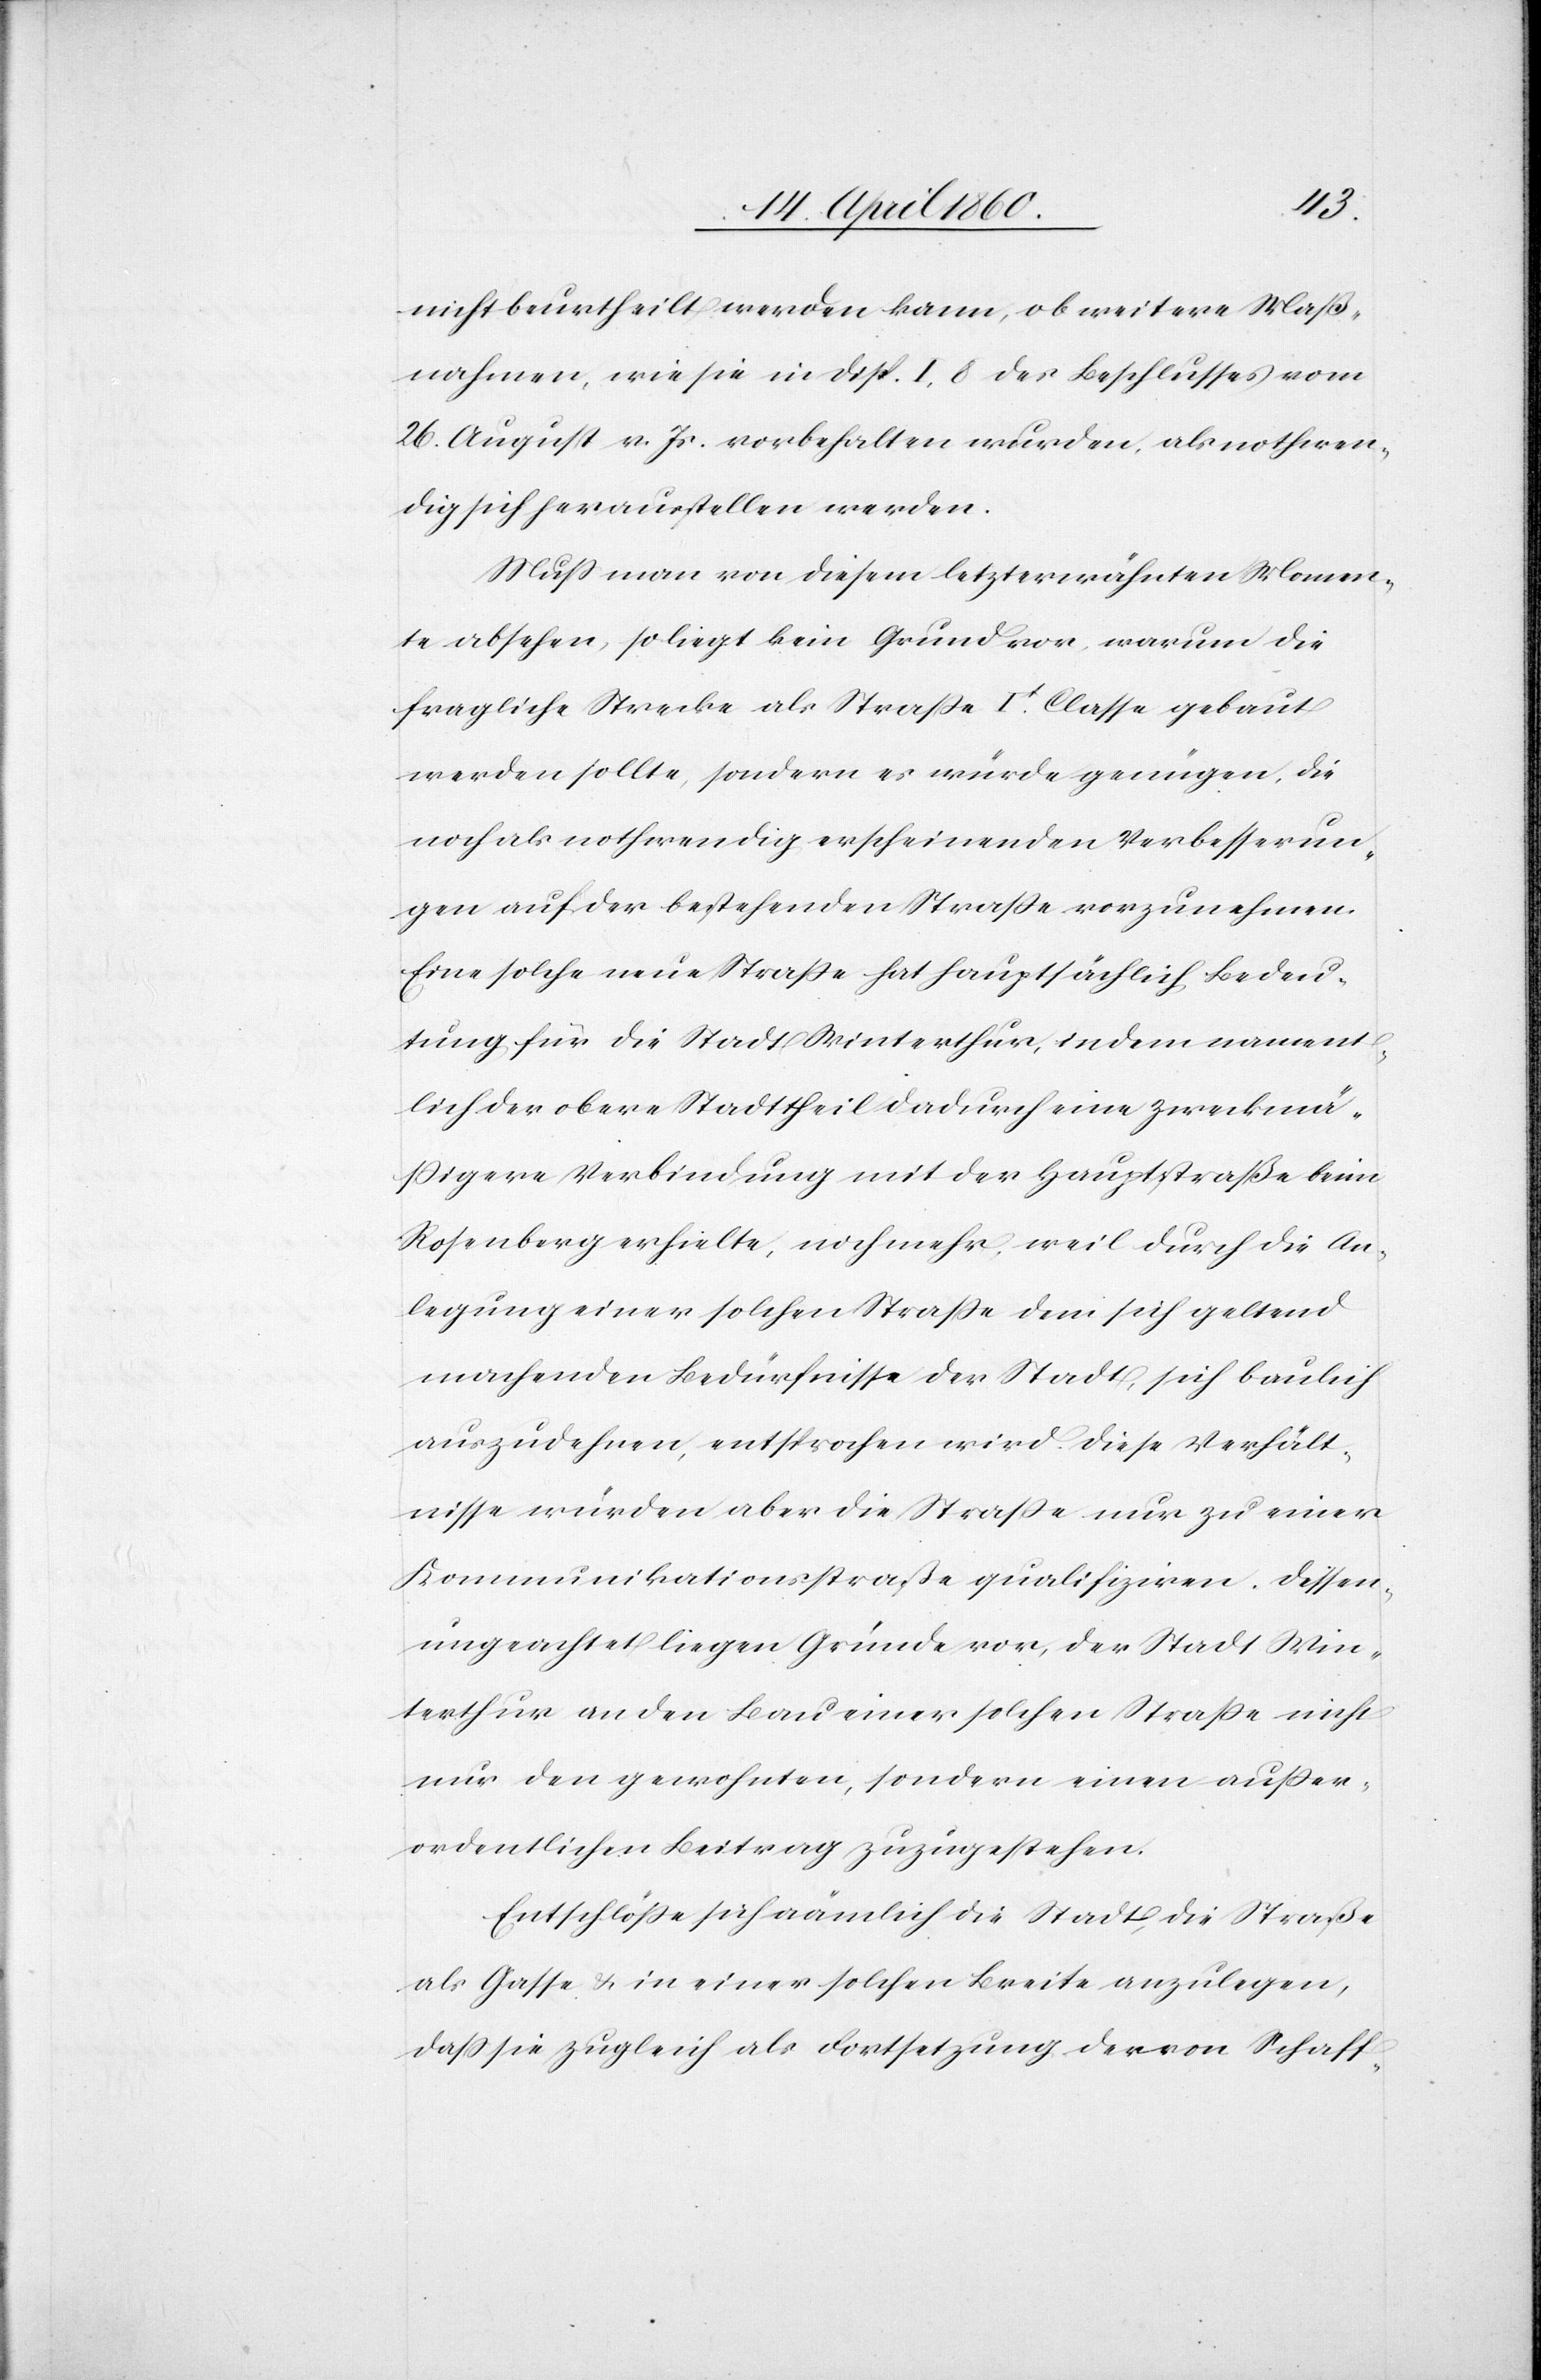
nicht beurtheilt werden kann, ob weitere Maß¬
nahmen, wie sie in Disp. I. 8 des Beschlusses vom
26. August v. Js. vorbehalten wurden, als nothwen¬
dig sich herausstellen werden.
Muss man von diesem letzterwähnten Momen¬
te absehen, so liegt kein Grund vor, warum die
fragliche Strecke als Strasse It Classe gebaut
werden sollte, sondern es würde genügen, die
noch als nothwendig erscheinenden Verbesserun¬
gen auf der bestehenden Strasse vorzunehmen.
Eine solche neue Strasse hat hauptsächlich Bedeu¬
tung für die Stadt Winterthur, indem nament¬
lich der obere Stadttheil dadurch eine zweckmä¬
ssigere Verbindung mit der Hauptstrasse beim
Rosenberg erhielte, noch mehr, weil durch die An¬
legung einer solchen Strasse dem sich geltend
machenden Bedürfnisse der Stadt, sich baulich
auszudehnen, entsprochen wird. Diese Verhält¬
nisse würden aber die Strasse nur zu einer
Kommunikationsstrasse qualifiziren. Dessen
ungeachtet liegen Gründe vor, der Stadt Win¬
terthur an den Bau einer solchen Strasse nicht
nur den gewohnten, sondern einen ausser¬
ordentlichen Beitrag zuzugestehen.
Entschlösse sich nämlich die Stadt, die Straße
als Gasse u. in einer solchen Breite anzulegen,
dass sie zugleich als Fortsetzung der von Schaff-